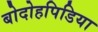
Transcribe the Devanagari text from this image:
बोदोहपिडिया